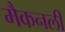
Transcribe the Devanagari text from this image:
मैकनली